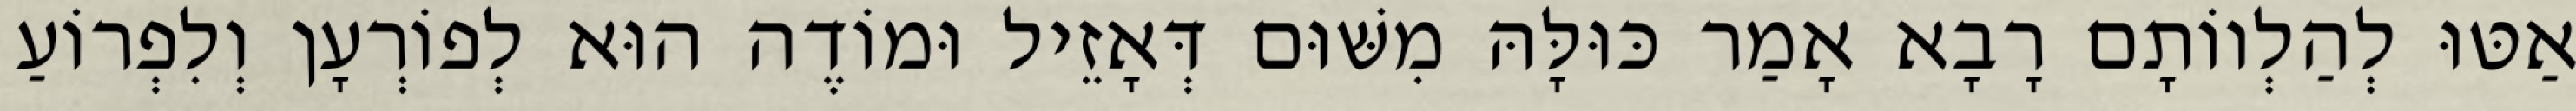
אַטּוּ לְהַלְווֹתָם רָבָא אָמַר כּוּלָּהּ מִשּׁוּם דְּאָזֵיל וּמוֹדֶה הוּא לְפוֹרְעָן וְלִפְרוֹעַ